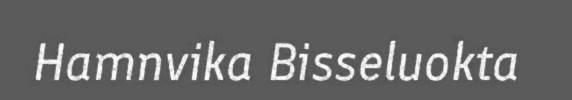
Hamnvika Bisseluokta